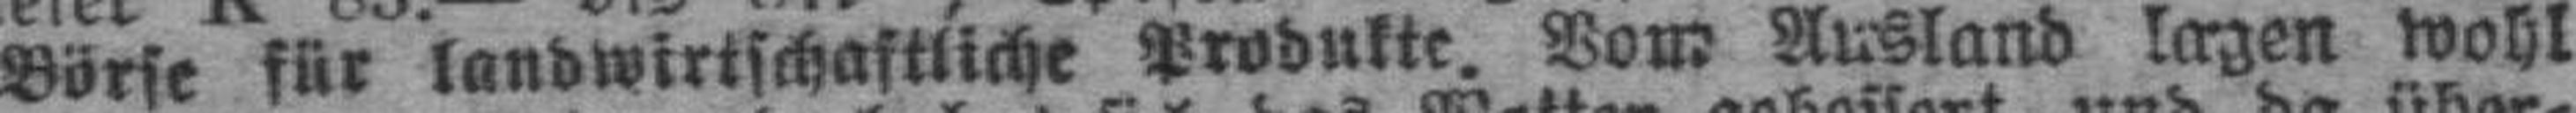
Börse für landwirtschaftliche Produkte. Vom Ausland lagen wohl